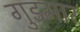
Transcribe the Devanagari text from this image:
गुडमार